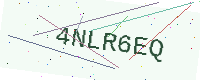
Text: 4NLR6EQ